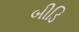
બીડિ